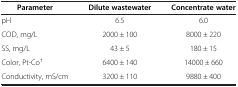
<table><thead><tr><td><b>Parameter</b></td><td><b>Dilute wastewater</b></td><td><b>Concentrate water</b></td></tr></thead><tbody><tr><td>pH</td><td>6.5</td><td>6.0</td></tr><tr><td>COD, mg/L</td><td>2000 ± 100</td><td>8000 ± 220</td></tr><tr><td>SS, mg/L</td><td>43 ± 5</td><td>180 ± 15</td></tr><tr><td>Color, Pt-Co<sup>†</sup></td><td>6400 ± 140</td><td>14000 ± 660</td></tr><tr><td>Conductivity, mS/cm</td><td>3200 ± 110</td><td>9880 ± 400</td></tr></tbody></table>